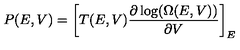
P ( E , V ) = \left[ T ( E , V ) \frac { \partial \log ( \Omega ( E , V ) ) } { \partial V } \right] _ { E }